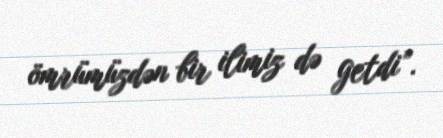
ömrümüzdən bir ilimiz də getdi”.